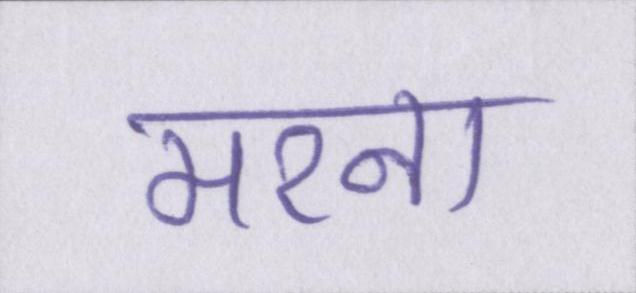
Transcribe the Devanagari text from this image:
मरना